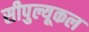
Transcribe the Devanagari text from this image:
सीपुल्यूकल